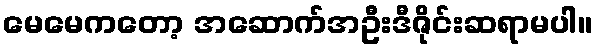
မေမေကတော့ အဆောက်အဦးဒီဇိုင်းဆရာမပါ။